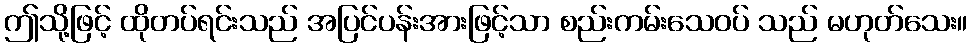
ဤသို့ဖြင့် ထိုတပ်ရင်းသည် အပြင်ပန်းအားဖြင့်သာ စည်းကမ်းသေဝပ် သည် မဟုတ်သေး။